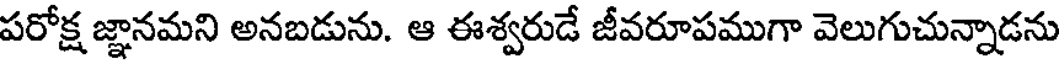
పరోక్ష జ్ఞానమని అనబడును. ఆ ఈశ్వరుడే జీవరూపముగా వెలుగుచున్నాడను